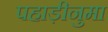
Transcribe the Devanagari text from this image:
पहाड़ीनुमा